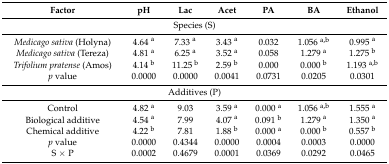
<table><thead><tr><td><b>Factor</b></td><td><b>pH</b></td><td><b>Lac</b></td><td><b>Acet</b></td><td><b>PA</b></td><td><b>BA</b></td><td><b>Ethanol</b></td></tr></thead><tbody><tr><td colspan="7">Species (S)</td></tr><tr><td><i>Medicago sativa</i> (Holyna)</td><td>4.64 <sup>a</sup></td><td>7.33 <sup>a</sup></td><td>3.43 <sup>a</sup></td><td>0.032</td><td>1.056 <sup>a,b</sup></td><td>0.995 <sup>a</sup></td></tr><tr><td><i>Medicago sativa</i> (Tereza)</td><td>4.81 <sup>a</sup></td><td>6.25 <sup>a</sup></td><td>3.52 <sup>a</sup></td><td>0.058</td><td>1.279 <sup>a</sup></td><td>1.275 <sup>b</sup></td></tr><tr><td><i>Trifolium pratense</i> (Amos)</td><td>4.14 <sup>b</sup></td><td>11.25 <sup>b</sup></td><td>2.59 <sup>b</sup></td><td>0.000</td><td>0.000 <sup>b</sup></td><td>1.193 <sup>a,b</sup></td></tr><tr><td><i>p</i> value</td><td>0.0000</td><td>0.0000</td><td>0.0041</td><td>0.0731</td><td>0.0205</td><td>0.0301</td></tr><tr><td colspan="7">Additives (P)</td></tr><tr><td>Control</td><td>4.82 <sup>a</sup></td><td>9.03</td><td>3.59 <sup>a</sup></td><td>0.000 <sup>a</sup></td><td>1.056 <sup>a,b</sup></td><td>1.555 <sup>a</sup></td></tr><tr><td>Biological additive</td><td>4.54 <sup>a</sup></td><td>7.99</td><td>4.07 <sup>a</sup></td><td>0.091 <sup>b</sup></td><td>1.279 <sup>a</sup></td><td>1.350 <sup>a</sup></td></tr><tr><td>Chemical additive</td><td>4.22 <sup>b</sup></td><td>7.81</td><td>1.88 <sup>b</sup></td><td>0.000 <sup>a</sup></td><td>0.000 <sup>b</sup></td><td>0.557 <sup>b</sup></td></tr><tr><td><i>p</i> value</td><td>0.0000</td><td>0.4344</td><td>0.0000</td><td>0.0004</td><td>0.0003</td><td>0.0000</td></tr><tr><td>S × P</td><td>0.0002</td><td>0.4679</td><td>0.0001</td><td>0.0369</td><td>0.0292</td><td>0.0465</td></tr></tbody></table>